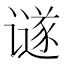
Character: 𲂖